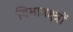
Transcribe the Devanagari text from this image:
विमानक्ष्त्रों